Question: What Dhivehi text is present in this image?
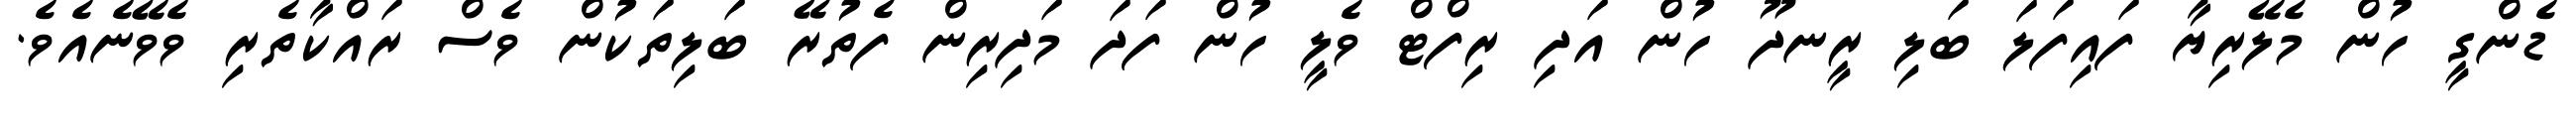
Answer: ޑެންގީ ހުން މެލޭރިޔާ ފައިފަލަ ބަލި ރީނދޫ ހުން އަދި ރިފްޓް ވެލީ ހުން ފަދަ މަދިރިން ފެތުރޭ ބަލިތަކުން ވެސް ރައްކާތެރި ވެވޭނެއެވެ.